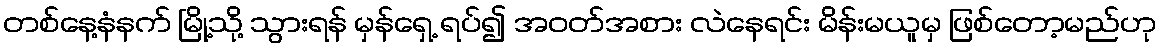
တစ်နေ့နံနက် မြို့သို့ သွားရန် မှန်ရှေ့ ရပ်၍ အဝတ်အစား လဲနေရင်း မိန်းမယူမှ ဖြစ်တော့မည်ဟု